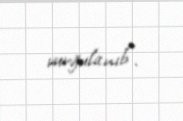
vurğulanıb”.